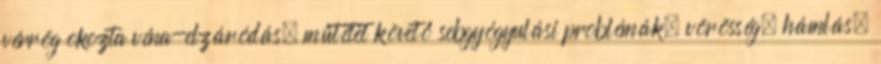
vérrög okozta véna-elzáródás, műtétet követő sebgyógyulási problémák, vörösség, hámlás,